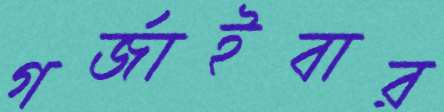
গর্জাইবার